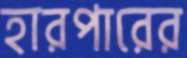
হারপারের